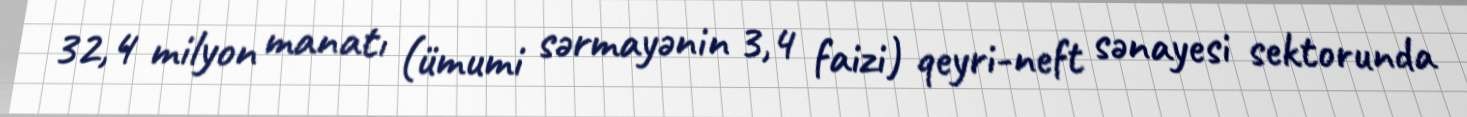
32,4 milyon manatı (ümumi sərmayənin 3,4 faizi) qeyri-neft sənayesi sektorunda